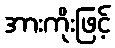
အားကိုးဖြင့်